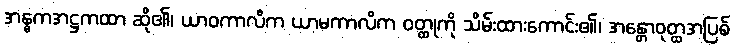
အန္ဓကအဋ္ဌကထာ ဆို၏၊ ယာဝကာလိက ယာမကာလိက ဝတ္ထုကို သိမ်းထားကောင်း၏၊ အန္တောဝုတ္ထအပြစ်